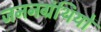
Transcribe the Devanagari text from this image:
जननग्रंथियों